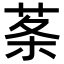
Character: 𦰏